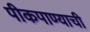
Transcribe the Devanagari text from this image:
पीकपाण्याची